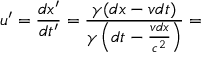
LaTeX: u ^ { \prime } = { \frac { d x ^ { \prime } } { d t ^ { \prime } } } = { \frac { \gamma ( d x - v d t ) } { \gamma \left( d t - { \frac { v d x } { c ^ { 2 } } } \right) } } =